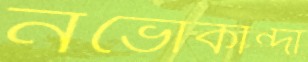
নভোকান্দা